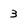
Character: 3